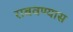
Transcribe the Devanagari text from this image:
राबवण्यास